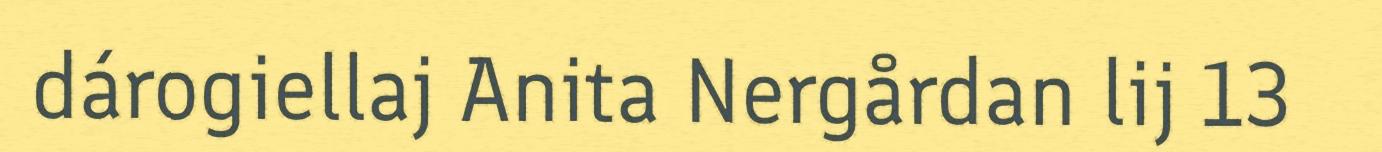
dárogiellaj Anita Nergårdan lij 13